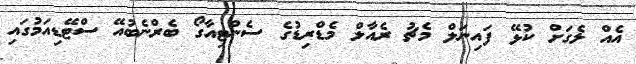
އެއް ލެގަށް ކުޅޭ ފައިނަލް މެޗު ރެއާލް މެޑްރިޑުގެ ސެންޓިއާގޯ ބެރްނެބުއޭ ސްޓޭޑިއަމުގައި